Report of the Indian Hemp Drugs Commission, 1894-1895 - Volume I
Year: 1894
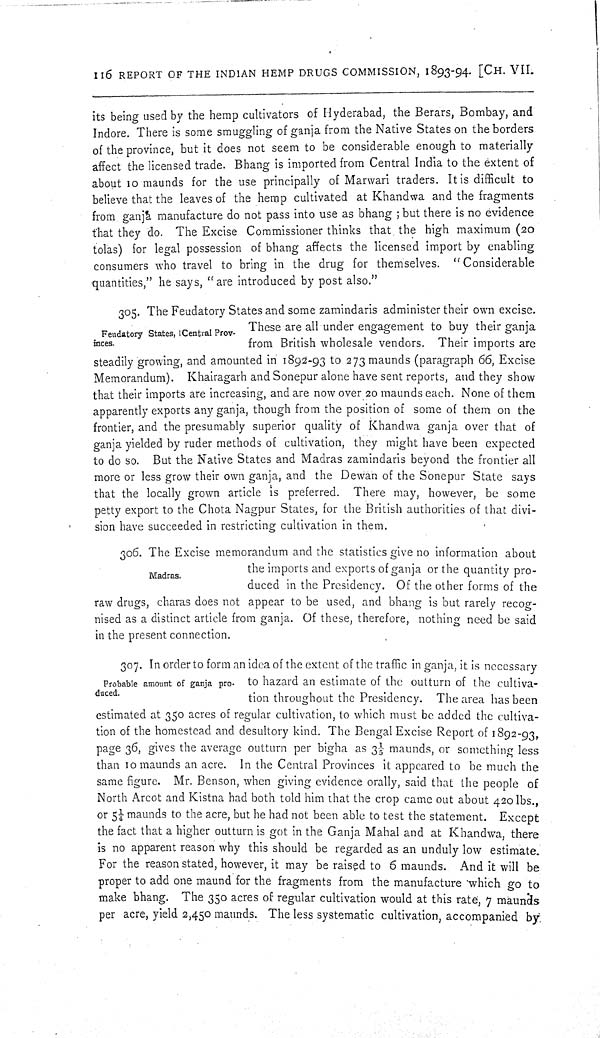
116 REPORT OF THE INDIAN HEMP DRUGS COMMISSION, 1893-94. [CH. VII.
its being used by the hemp cultivators of Hyderabad, the Berars, Bombay, and
Indore. There is some smuggling of ganja from the Native States on the borders
of the province, but it does not seem to be considerable enough to materially
affect the licensed trade. Bhang is imported from Central India to the extent of
about 10 maunds for the use principally of Marwari traders. It is difficult to
believe that the leaves of the hemp cultivated at Khandwa and the fragments
from ganja manufacture do not pass into use as bhang; but there is no evidence
that they do. The Excise Commissioner thinks that the high maximum (20
tolas) for legal possession of bhang affects the licensed import by enabling
consumers who travel to bring in the drug for themselves.
"Considerable
quantities," he says, "are introduced by post also."
Feudatory States, | Central Prov-
inces.
305. The Feudatory States and some zamindaris administer their own excise.
These are all under engagement to buy their ganja
from British wholesale vendors. Their imports are
steadily growing, and amounted in 1892-93 to 273 maunds (paragraph 66, Excise
Memorandum). Khairagarh and Sonepur alone have sent reports, and they show
that their imports are increasing, and are now over 20 maunds each. None of them
apparently exports any ganja, though from the position of some of them on the
frontier, and the presumably superior quality of Khandwa ganja over that of
ganja yielded by ruder methods of cultivation, they might have been expected
to do so. But the Native States and Madras zamindaris beyond the frontier all
more or less grow their own ganja, and the Dewan of the Sonepur State says
that the locally grown article is preferred. There may, however, be some
petty export to the Chota Nagpur States, for the British authorities of that divi-
sion have succeeded in restricting cultivation in them.
Madras.
306. The Excise memorandum and the statistics give no information about
the imports and exports of ganja or the quantity pro-
duced in the Presidency. Of the other forms of the
raw drugs, charas does not appear to be used, and bhang is but rarely recog-
nised as a distinct article from ganja. Of these, therefore, nothing need be said
in the present connection.
Probable amount of ganja pro-
duced.
307. In order to form an idea of the extent of the traffic in ganja, it is necessary
to hazard an estimate of the outturn of the cultiva-
tion throughout the Presidency. The area has been
estimated at 350 acres of regular cultivation, to which must be added the cultiva-
tion of the homestead and desultory kind. The Bengal Excise Report of 1892-93,
page 36, gives the average outturn per bigha as 31/5 maunds, or something less
than 10 maunds an acre. In the Central Provinces it appeared to be much the
same figure. Mr. Benson, when giving evidence orally, said that the people of
North Arcot and Kistna had both told him that the crop came out about 420 lbs.,
or 51/4 maunds to the acre, but he had not been able to test the statement. Except
the fact that a higher outturn is got in the Ganja Mahal and at Khandwa, there
is no apparent reason why this should be regarded as an unduly low estimate.
For the reason stated, however, it may be raised to 6 maunds. And it will be
proper to add one maund for the fragments from the manufacture which go to
make bhang. The 350 acres of regular cultivation would at this rate, 7 maunds
per acre, yield 2,450 maunds. The less systematic cultivation, accompanied by